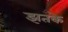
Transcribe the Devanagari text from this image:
झतके